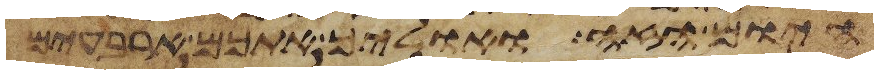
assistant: היום הזה ואוליך אתכם ארבעים